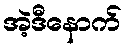
အဲ့ဒီနောက်